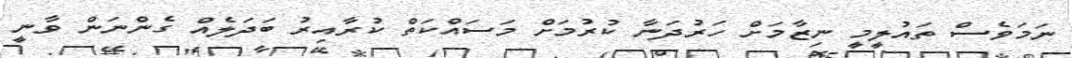
ނަމަވެސް ތައުލީމީ ނިޒާމަށް ހަރުދަނާ ކުރުމަށް މަސައްކަތް ކުރާއިރު ބަދަލެއް ގެންނަން ވާނީ